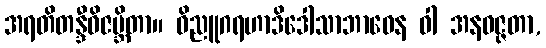
အရတိတန္ဒီဝိဇမ္ဘိတာ။ ဝိညူဂရဟာဒိဒေါသာဘာဝေန ဝါ အနဝဇ္ဇတာ,